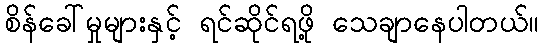
စိန်ခေါ်မှုများနှင့် ရင်ဆိုင်ရဖို့ သေချာနေပါတယ်။